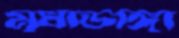
মৃধাডাঙ্গা